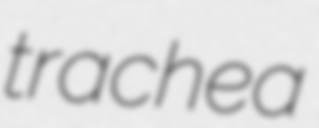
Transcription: trachea